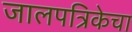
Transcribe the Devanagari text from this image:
जालपत्रिकेचा